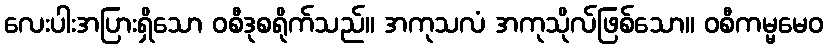
လေးပါးအပြားရှိသော ဝစီဒုစရိုက်သည်။ အကုသလံ အကုသိုလ်ဖြစ်သော။ ဝစီကမ္မမေဝ